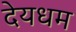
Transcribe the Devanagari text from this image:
देयधम